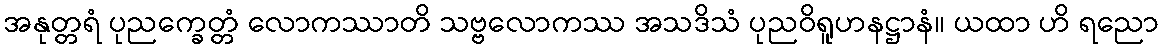
အနုတ္တရံ ပုညက္ခေတ္တံ လောကဿာတိ သဗ္ဗလောကဿ အသဒိသံ ပုညဝိရူဟနဋ္ဌာနံ။ ယထာ ဟိ ရညော